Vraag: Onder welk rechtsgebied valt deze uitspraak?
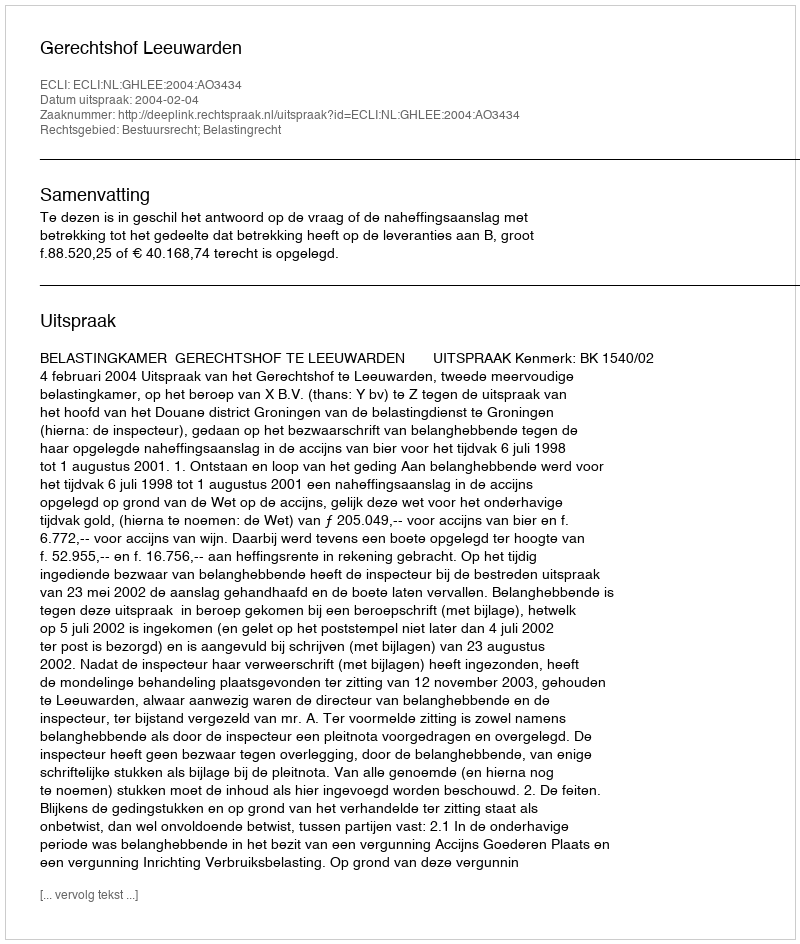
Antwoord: Bestuursrecht; Belastingrecht